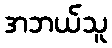
အဘယ်သူ